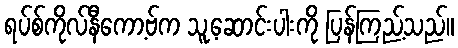
ရပ်စ်ကိုလ်နီကော့ဗ်က သူ့ဆောင်းပါးကို ပြန်ကြည့်သည်။